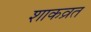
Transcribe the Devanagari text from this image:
शाकव्रत